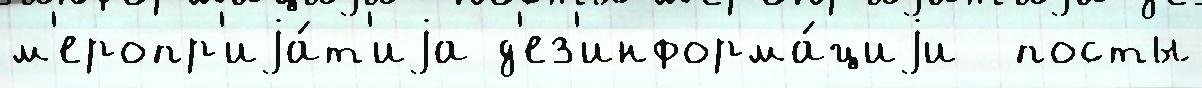
м'еропр'иjа́т'иjа д'ез'информа́циjи  посты